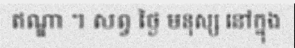
ឥណ្ឌា ។ សព្វ ថ្ងៃ មនុស្ស នៅក្នុង